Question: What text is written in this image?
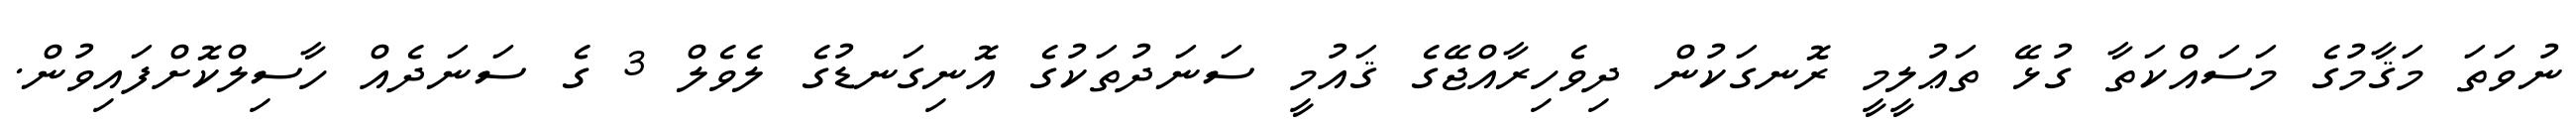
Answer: ނުވަތަ މަޤާމުގެ މަސައްކަތާ ގުޅޭ ތަޢުލީމީ ރޮނގަކުން ދިވެހިރާއްޖޭގެ ޤައުމީ ސަނަދުތަކުގެ އޮނިގަނޑުގެ ލެވެލް 3 ގެ ސަނަދެއް ހާސިލްކޮށްފައިވުން.